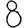
Digit: 8